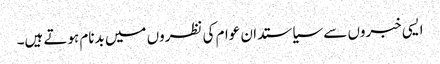
ایسی خبروں سے سیاستدان عوام کی نظروں میں بدنام ہوتے ہیں۔